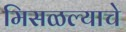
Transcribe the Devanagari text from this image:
मिसळल्याचे